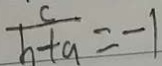
\frac { c } { b + a } = - 1